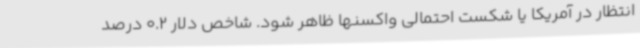
انتظار در آمریکا یا شکست احتمالی واکسنها ظاهر شود. شاخص دلار 0.2 درصد